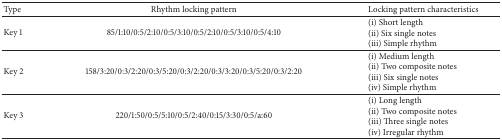
<table><thead><tr><td><b>Type</b></td><td><b>Rhythm locking pattern</b></td><td><b>Locking pattern characteristics</b></td></tr></thead><tbody><tr><td>Key 1</td><td>85/1:10/0:5/2:10/0:5/3:10/0:5/2:10/0:5/3:10/0:5/4:10</td><td>(i) Short length(ii) Six single notes(iii) Simple rhythm</td></tr><tr><td>Key 2</td><td>158/3:20/0:3/2:20/0:3/5:20/0:3/2:20/0:3/3:20/0:3/5:20/0:3/2:20</td><td>(i) Medium length(ii) Two composite notes(iii) Six single notes(iv) Simple rhythm</td></tr><tr><td>Key 3</td><td>220/1:50/0:5/5:10/0:5/2:40/0:15/3:30/0:5/a:60</td><td>(i) Long length(ii) Two composite notes(iii) Three single notes(iv) Irregular rhythm</td></tr></tbody></table>